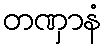
တဏှာနံ